On kala azar, malaria and malarial cachexia - Number 19
Disease focus: Malaria
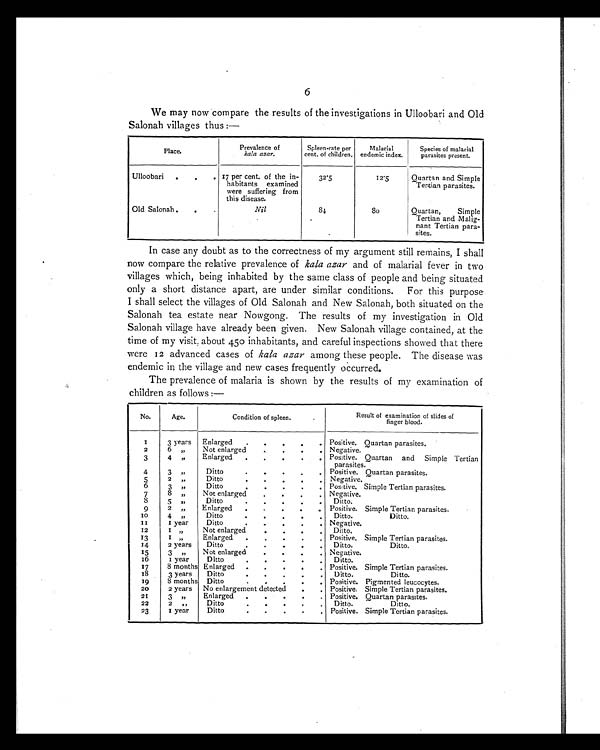
6
We may now compare the results of the investigations in Ulloobari and Old
Salonah villages thus :—
Place.
Prevalence of
kala azar.
Spleen-rate per
cent. of children.
Malarial
endemic index.
Species of malarial
parasites present.
Ulloobari .
.
. 17 per cent. of the in-
habitants examined
were suffering from
this disease.
32.5
12.5
Quartan and Simple
Tertian parasites.
Old Salonah ••
Nil
84
8 0
Quartan,
Simple
Tertian and Malig-
nant Tertian para-
sites.
In case any doubt as to the correctness of my argument still remains, I shall
now compare the relative prevalence of kala azar and of malarial fever in two
villages which, being inhabited by the same class of people and being situated
only a short distance apart, are under similar conditions.
For this purpose
I shall select the villages of Old Salonah and New Salonah, both situated on the
Salonah tea estate near Nowgong. The results of my investigation in Old
Salonah village have already been given. New Salonah village contained, at the
time of my visit, about 450 inhabitants, and careful inspections showed that there
were 12 advanced cases of kala azar among these people. The disease was
endemic in the village and new cases frequently occurred.
The prevalence of malaria is shown by the results of my examination of
children as follows :—
No.
I
Age.
3 years
Condition of spleen.
.
Enlarged.
.
Result of examination of slides of
finger blood.
Positive. Quartan parasites.
2
6 "
Not enlarged
..
,
.
. Negative.
3
4 "
Enlarged .
.
.
. . Positive. Quartan and Simple Tertian
parasites.
4
3 ,,
Ditto
.
.
.
.
. Positive. Quartan parasites.
5
2
Ditto
.
.
.
.
.
Negative.
6
3 "
Ditto
. . . . . Positive. Simple Tertian parasites.
7
8 "
Not enlarged. .
.
Negative.
8
5 ",
Ditto
. . . . . Ditto.
9
2 „
Enlarged .
.
.
.
. Positive. Simple Tertian parasites.
1 0 o
4
Ditto
. . . . . Ditto.
Ditto.
1 1
1 year
Ditto
. . . . . Negative.
12
1 „
Not enlarged.
. . . Ditto.
13
1 ",
Enlarged .
.
.
,
. Positive. Simple Tertian parasites.
14
2 years
Ditto
. Ditto.
Ditto.
15
3 "
Not enlarged
. . . . Negative.
16
1 year
Ditto.
.
.
•
•
Ditto.
17
8 months
.
.
Enlarged .
.. Positive. Simple Tertian parasites.
18
3 years
Ditto Ditto.
Ditto.
19
8 months Ditto.
.
. . Positive. Pigmented leucocytes.
20
2 years No enlargement detected
.
. Positive. Simple Tertian parasites.
21
3 ,,
Enlarged.
. Positive. Quartan parasites.
22
2 , ,
Ditto
. Ditto.
Ditto.
23
1 year
Ditto. Positive. Simple Tertian parasites.